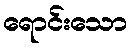
ရောင်းသော